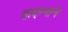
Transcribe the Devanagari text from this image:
हादग्याचे